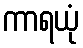
ကာရယုံ